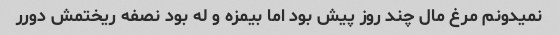
نمیدونم مرغ مال چند روز پیش بود اما بیمزه و له بود نصفه ریختمش دورر